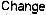
CHANGE